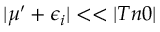
\lvert \mu ^ { \prime } + \epsilon _ { i } \rvert < < \lvert T n 0 \rvert